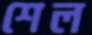
শেল